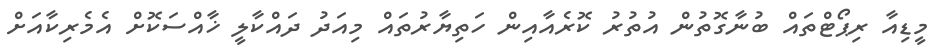
މީޑިއާ ރިޕޯޓްތައް ބުނާގޮތުން އުތުރު ކޮރެއާއިން ހަތިޔާރުތައް މިއަދު ދައްކާލީ ޚާއްސަކޮށް އެމެރިކާއަށް